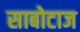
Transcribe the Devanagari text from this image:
साबोटाज